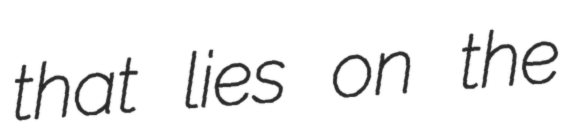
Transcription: that lies on the